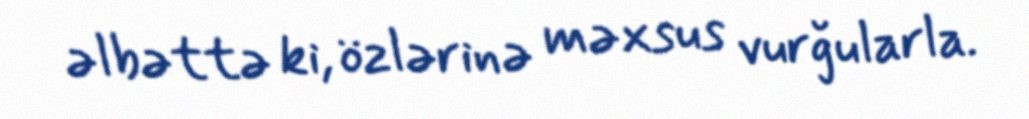
əlbəttə ki, özlərinə məxsus vurğularla.